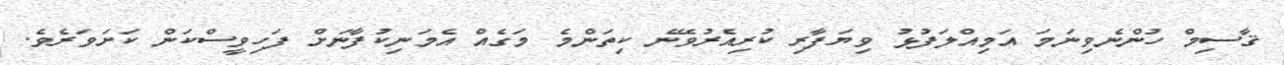
ޤާސިމް ހުންނެވިނަމަ އަމިއްލަފުޅު ވިޔަފާރި ކުރިއެރުވޭނެ ކިތަންމެ މަގެއް އެމަނިކުފާނަށް ފަހިވީސްކަން ކަށަވަރެވެ.